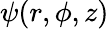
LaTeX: \psi(r,\phi,z)